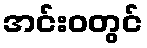
အင်းဝတွင်